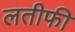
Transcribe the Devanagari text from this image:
लतीफी